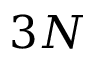
3 N